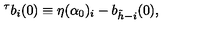
^ { \tau } b _ { i } ( 0 ) \equiv \eta ( \alpha _ { 0 } ) _ { i } - b _ { \tilde { h } - i } ( 0 ) ,